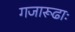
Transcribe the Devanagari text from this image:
गजारूढाः